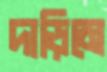
দাড়িমে